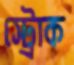
স্ট্রোক